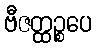
ဗီဇတ္ထဉ္စပေ